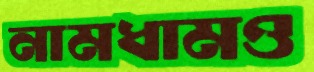
নামধামও